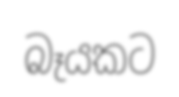
බෑයකට